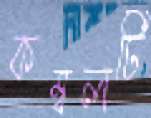
কম্বলটি